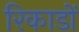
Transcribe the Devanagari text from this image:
रिकाडों